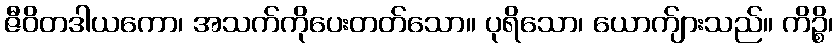
ဇီဝိတဒါယကော၊ အသက်ကိုပေးတတ်သော။ ပုရိသော၊ ယောက်ျားသည်။ ကိဉ္စိ၊